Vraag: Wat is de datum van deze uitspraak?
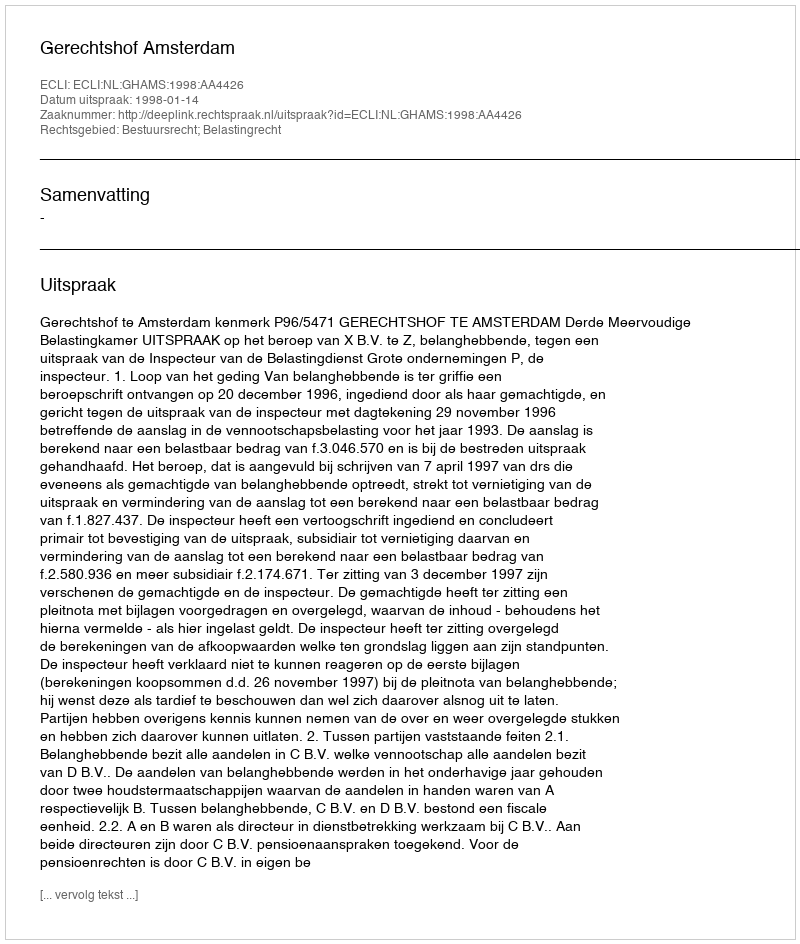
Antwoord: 1998-01-14